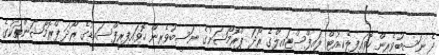
ދެ ނަސީބުވެރިން ހޮވައިފިލެކިއުޓް ލައިފްސްޓައިލްގެ ރޯދަ ޕްރޮމޯޝަނުގެ ނަސީބުވެރިން ހޮވައިފިރީފްސައިޑުގެ ރޯދަ ޕްރޮމޯޝަންތަކުގެ